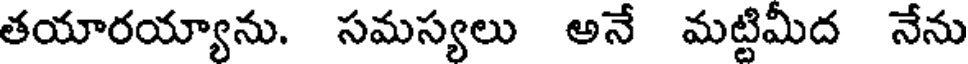
తయారయ్యాను. సమస్యలు అనే మట్టిమీద నేను